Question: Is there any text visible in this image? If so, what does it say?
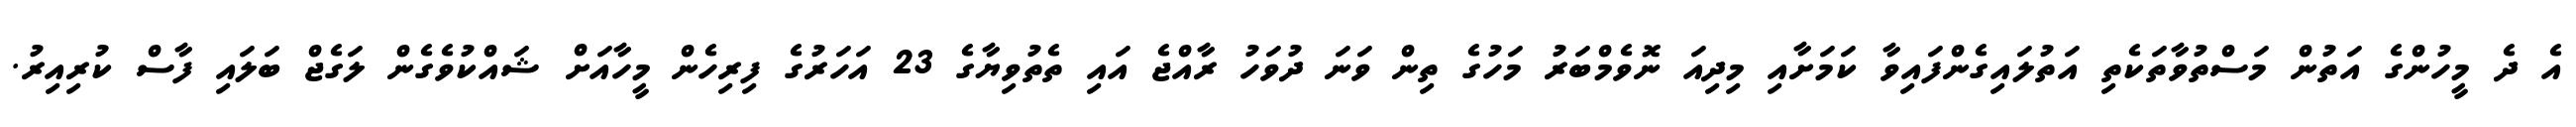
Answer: އެ ދެ މީހުންގެ އަތުން މަސްތުވާތަކެތި އަތުލައިގެންފައިވާ ކަމަށާއި މިދިއަ ނޮވެމްބަރު މަހުގެ ތިން ވަނަ ދުވަހު ރާއްޖެ އައި ތެތުވިޔާގެ 23 އަހަރުގެ ފިރިހެން މީހާއަށް ޝައްކުވެގެން ލަގެޖް ބަލައި ފާސް ކުރިއިރު.